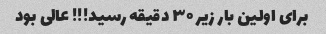
برای اولین بار زیر ۳۰ دقیقه رسید!!! عالی بود